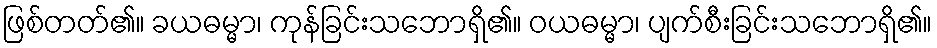
ဖြစ်တတ်၏။ ခယဓမ္မာ၊ ကုန်ခြင်းသဘောရှိ၏။ ဝယဓမ္မာ၊ ပျက်စီးခြင်းသဘောရှိ၏။